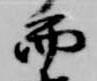
而